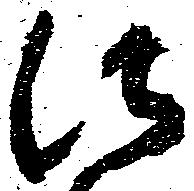
法